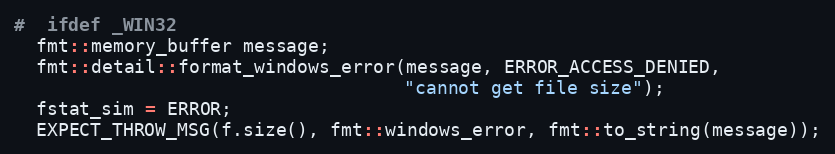
Language: C++
#  ifdef _WIN32
  fmt::memory_buffer message;
  fmt::detail::format_windows_error(message, ERROR_ACCESS_DENIED,
                                    "cannot get file size");
  fstat_sim = ERROR;
  EXPECT_THROW_MSG(f.size(), fmt::windows_error, fmt::to_string(message));